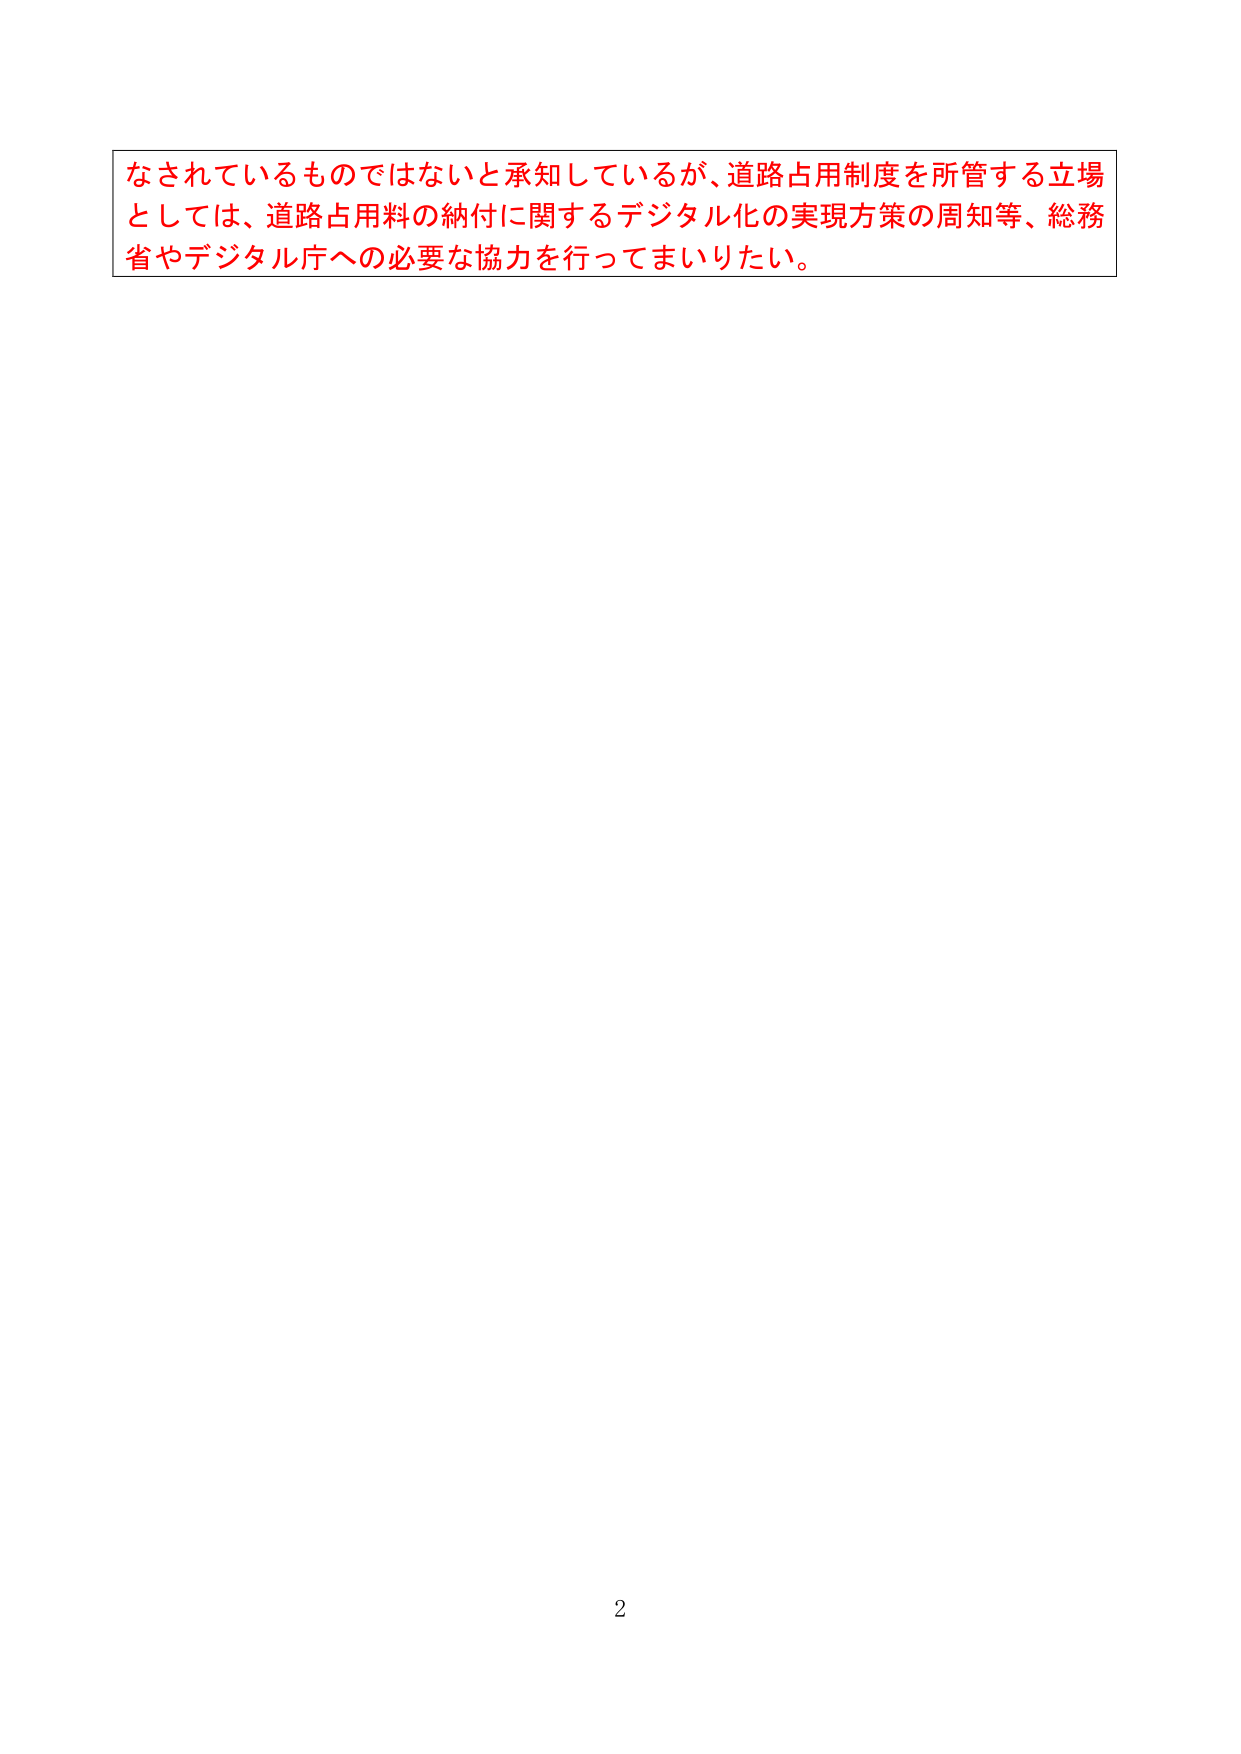
なされているものではないと承知しているが、道路占用制度を所管する立場としては、道路占用料の納付に関するデジタル化の実現方策の周知等、総務省やデジタル庁への必要な協力を行ってまいりたい。

2